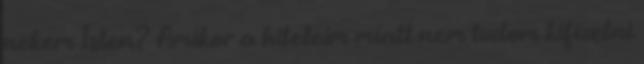
nekem Isten? Amikor a hiteleim miatt nem tudom kifizetni